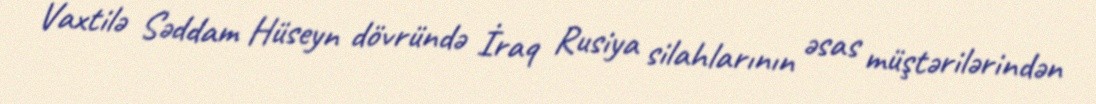
Vaxtilə Səddam Hüseyn dövründə İraq Rusiya silahlarının əsas müştərilərindən